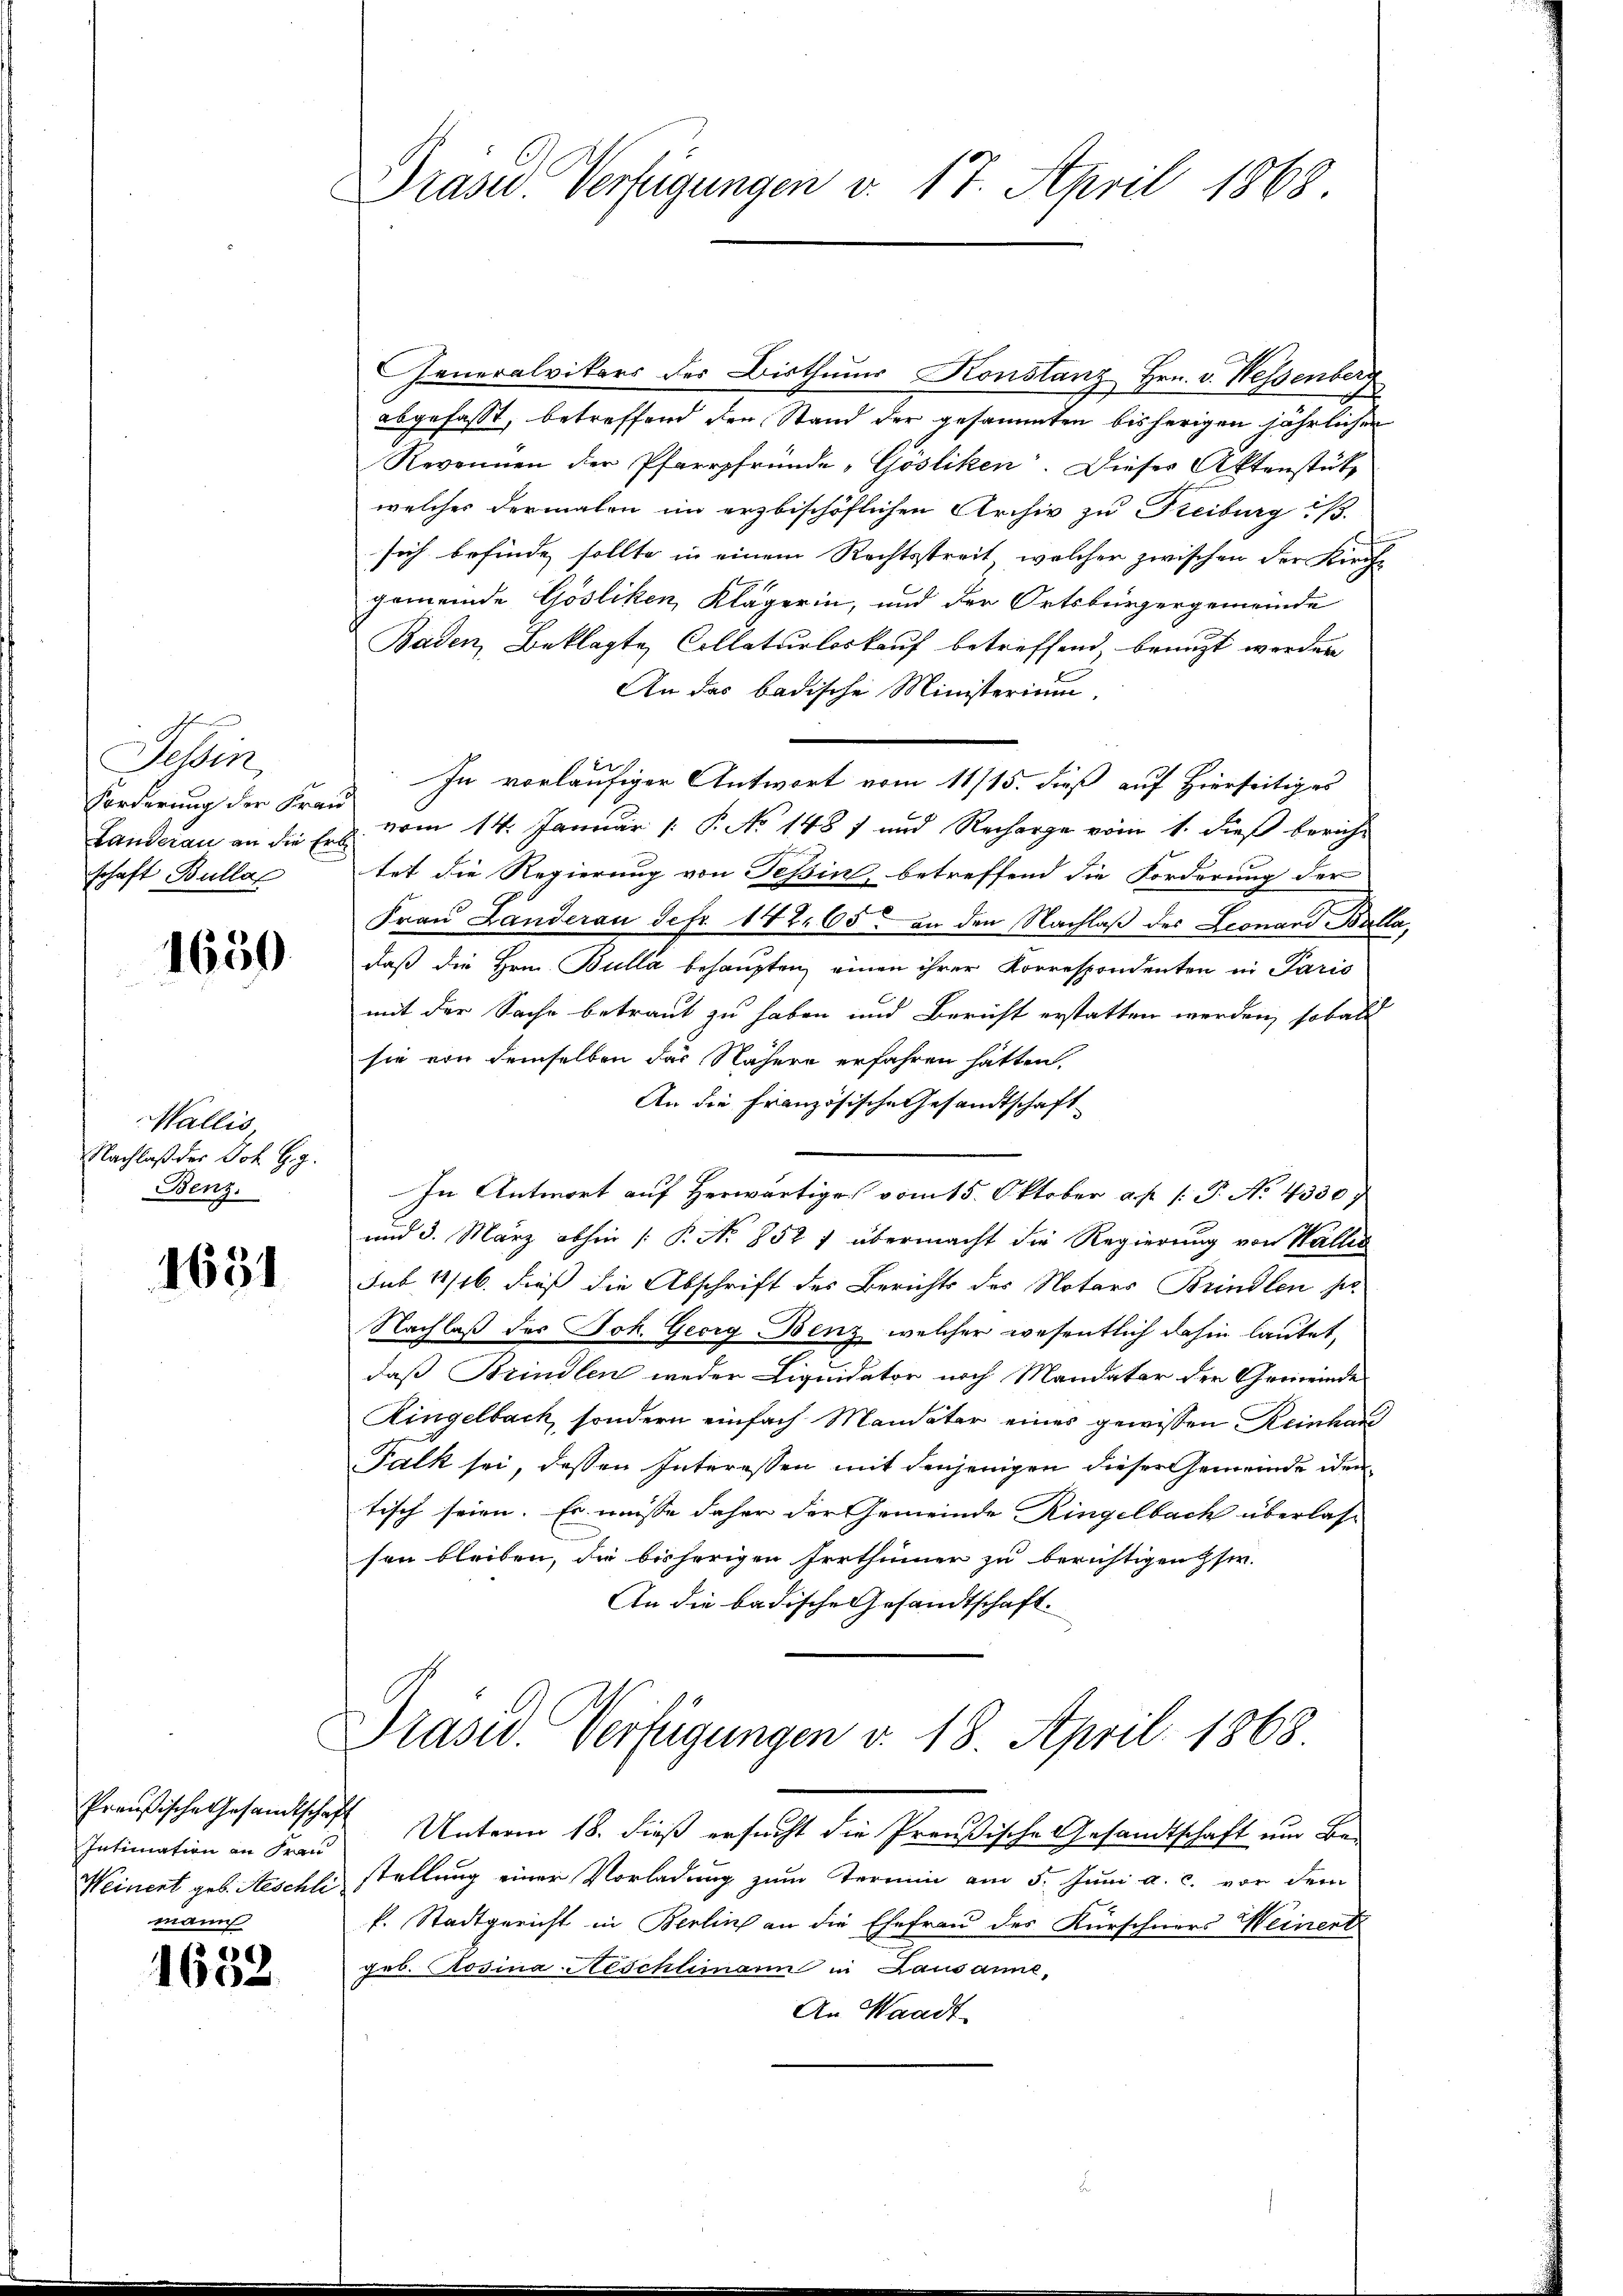
Tessin
Forderung der Kran
schaft Bulla

1650

Wallis,
Nachlaß der Joh. G. 9.
Benz.

1631

Intimation in Frau
mann

6
1602

Drasid. Verfügungen v. 17. April 1868

Generalvikars der Bisthums Konstanz Hrn. v. Wessenberg
abgefasst, betreffend den Stand der gesammten bisherigen jährlichen
Revenuen der Pfarrpfründe „Gösliken. Dieses Aktenstütz
welches dermalen im erzbischöflichen Archiv zu Freiburg i.
sich befinde sollte in einem Rechtsstreit, welcher zwischen der Kirche
gemeinde Gösliken, Klägerin, und der Ortsbürgergemeinde
Baden, Beklagte Collaturloskauf betreffend benuzt werden
An das badische Ministerium
s
In vorläufiger Antwort vom 11/15. dieß auf Hierseitiges
f
Landeran an die Er vom 14. Januar 1. P. No 1487 und Recharge vom 1. dieß berichtet die Regierung von Teßin, betreffend die Forderung der
Frau Landerau Sefr. 142. 65 an den Nachlaß des Leonard Balla,
daß die Hrn. Bulla behaupten, einen ihrer Korrespondenten in Paris
mit der Sache betraut zu haben und Bericht erstatten werden, sobald
sie von demselben das Nähere erfahren hatten.
An die Französische Gesandtschaft
In Antwort auf herwärtige vom 15. Oktober a. p. 1. P. No. 4330
und 3. März abhin [P No 852 f übermacht die Regierung von Wallis
sub 14/16. dieß die Abschrift des Berichts des Notars Brindlen se
Nachlaß des Joh. Georg Benz, welcher wesentlich dahin lautet,
daß Brindlen weder Liquidator noch Mandatar der Gemeinde
Kingelbach, sondern einfach Mandater eines gewissen Reinhau
Falk sei, dessen Interessen mit denjenigen dieser Gemeinde den
tisch seien. Er müsse daher der Gemeinde Ringelbach überlas-
sen bleiben, die bisherigen Irrthümer zu berichtigen her.
An die badische Gesandtschaft.

Präsid. Verfügungen d. 18. April 1868.
Preußische Gesandtschaft Unterm 18. dieß ersucht die Preußische Gesandtschaft um Be¬

Weinent geb. Aeschli stellung einer Vorladung zum Termin am 5. Juni a. c. vor dem
f. Stadtgericht in Berlin an die Ehefrau des Kürschners Weinent
geb. Rosina Neschlimann in Lausanne,
An Waadt.